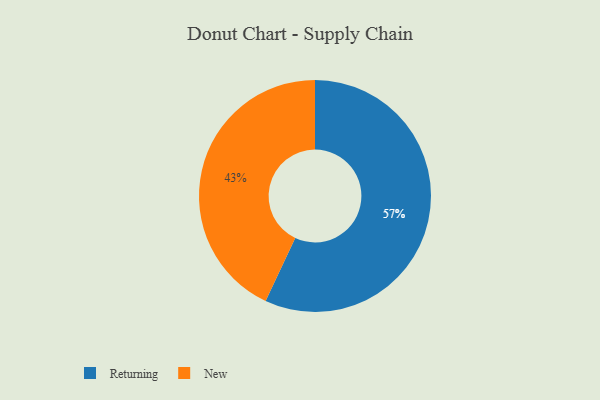
{"axis": {"x": "Category", "y": "Percentage"}, "legend": ["New", "Returning"], "data": [{"x": "New", "y": 43, "type": "New"}, {"x": "Returning", "y": 57, "type": "Returning"}]}